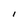
Character: I